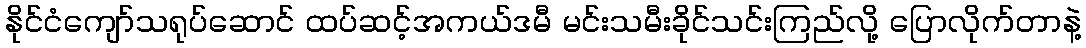
နိုင်ငံကျော်သရုပ်ဆောင် ထပ်ဆင့်အကယ်ဒမီ မင်းသမီးခိုင်သင်းကြည်လို့ ပြောလိုက်တာနဲ့